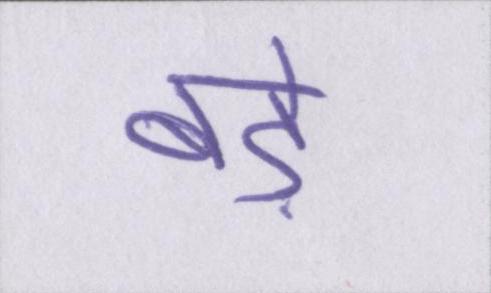
बड़े